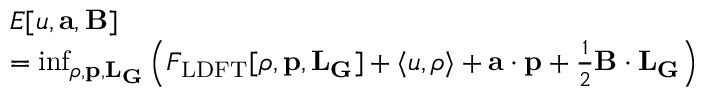
\begin{array} { r l } & { E [ u , \mathbf { a } , \mathbf { B } ] } \\ & { = \operatorname* { i n f } _ { \rho , \mathbf { p } , \mathbf { L } _ { \mathbf { G } } } \Big ( F _ { \mathrm { L D F T } } [ \rho , \mathbf { p } , \mathbf { L } _ { \mathbf { G } } ] + \langle u , \rho \rangle + \mathbf { a } \cdot \mathbf { p } + \frac { 1 } { 2 } \mathbf { B } \cdot \mathbf { L } _ { \mathbf { G } } \Big ) } \end{array}